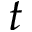
t